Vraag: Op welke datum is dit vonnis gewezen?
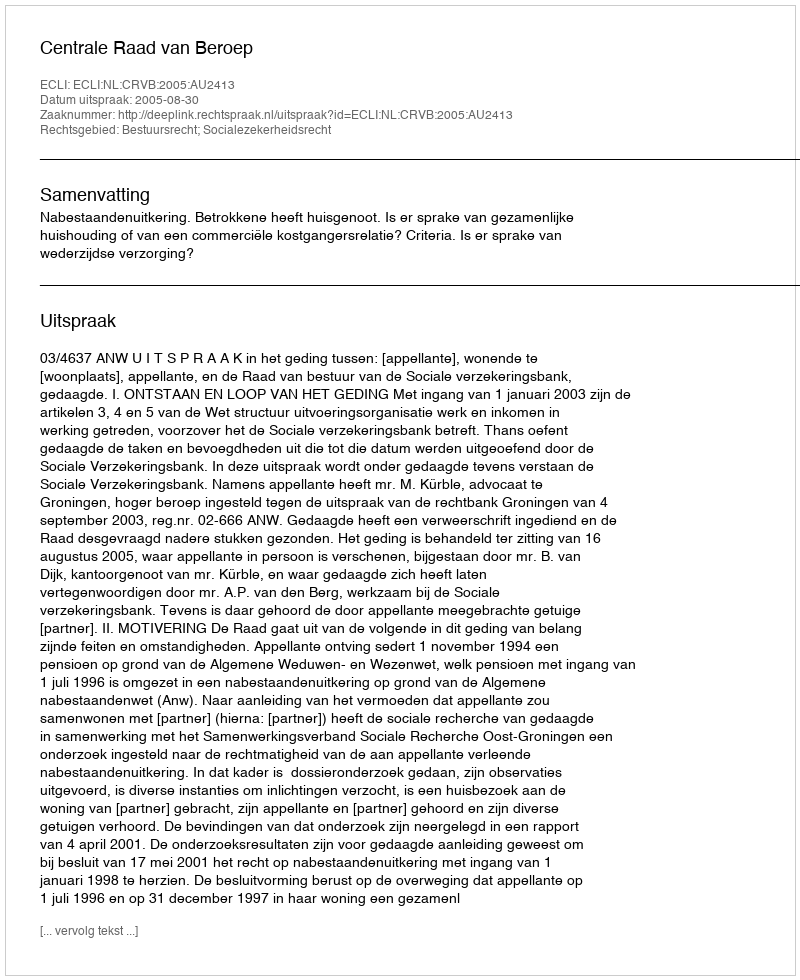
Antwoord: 2005-08-30